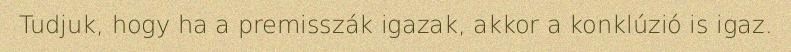
Tudjuk, hogy ha a premisszák igazak, akkor a konklúzió is igaz.